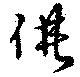
借